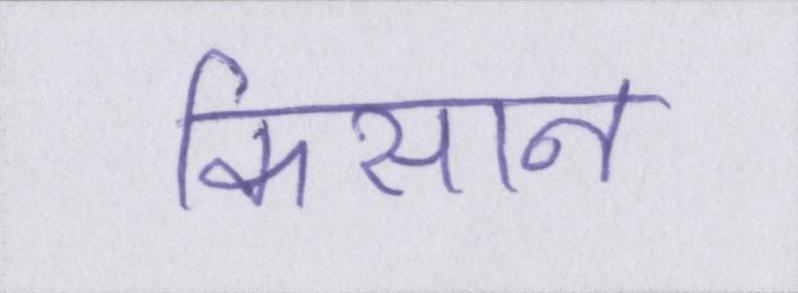
किसान